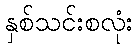
နှစ်သင်းစလုံး